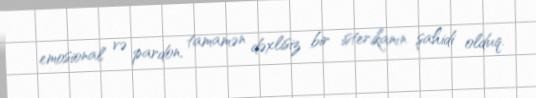
emosional və pardon, tamamən dəxlisiz bir isterikanın şahidi olduq.